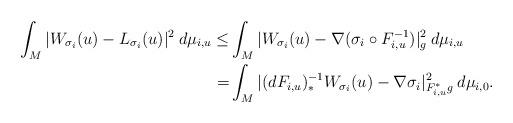
LaTeX: \begin{align*} \int_M | W_{\sigma_i}(u) - L_{\sigma_i}(u) |^2\: d{\mu}_{i,u} \le &\int_M | W_{\sigma_i}(u) - \nabla (\sigma_i \circ F_{i,u}^{-1}) |_g^2\: d{\mu}_{i,u} \\= & \int_M | (dF_{i,u})^{-1}_* W_{\sigma_i}(u) - \nabla \sigma_i |_{F_{i,u}^* g}^2\: d{\mu}_{i,0}. \end{align*}